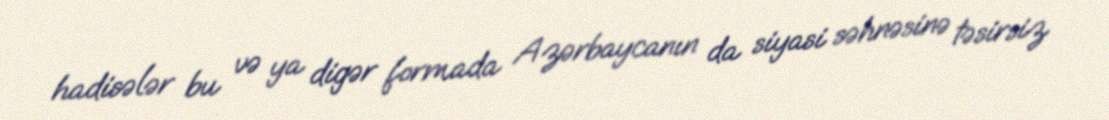
hadisələr bu və ya digər formada Azərbaycanın da siyasi səhnəsinə təsirsiz